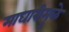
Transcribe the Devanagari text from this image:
माघारीमुळे